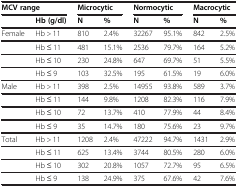
<table><thead><tr><td colspan="2"><b>MCV range</b></td><td colspan="2"><b>Microcytic</b></td><td colspan="2"><b>Normocytic</b></td><td colspan="2"><b>Macrocytic</b></td></tr><tr><td><b> </b></td><td><b>Hb (g/dl)</b></td><td><b>N</b></td><td><b>%</b></td><td><b>N</b></td><td><b>%</b></td><td><b>N</b></td><td><b>%</b></td></tr></thead><tbody><tr><td>Female</td><td>Hb &gt; 11</td><td>810</td><td>2.4%</td><td>32267</td><td>95.1%</td><td>842</td><td>2.5%</td></tr><tr><td> </td><td>Hb ≤ 11</td><td>481</td><td>15.1%</td><td>2536</td><td>79.7%</td><td>164</td><td>5.2%</td></tr><tr><td> </td><td>Hb ≤ 10</td><td>230</td><td>24.8%</td><td>647</td><td>69.7%</td><td>51</td><td>5.5%</td></tr><tr><td> </td><td>Hb ≤ 9</td><td>103</td><td>32.5%</td><td>195</td><td>61.5%</td><td>19</td><td>6.0%</td></tr><tr><td>Male</td><td>Hb &gt; 11</td><td>398</td><td>2.5%</td><td>14955</td><td>93.8%</td><td>589</td><td>3.7%</td></tr><tr><td> </td><td>Hb ≤ 11</td><td>144</td><td>9.8%</td><td>1208</td><td>82.3%</td><td>116</td><td>7.9%</td></tr><tr><td> </td><td>Hb ≤ 10</td><td>72</td><td>13.7%</td><td>410</td><td>77.9%</td><td>44</td><td>8.4%</td></tr><tr><td> </td><td>Hb ≤ 9</td><td>35</td><td>14.7%</td><td>180</td><td>75.6%</td><td>23</td><td>9.7%</td></tr><tr><td>Total</td><td>Hb &gt; 11</td><td>1208</td><td>2.4%</td><td>47222</td><td>94.7%</td><td>1431</td><td>2.9%</td></tr><tr><td> </td><td>Hb ≤ 11</td><td>625</td><td>13.4%</td><td>3744</td><td>80.5%</td><td>280</td><td>6.0%</td></tr><tr><td> </td><td>Hb ≤ 10</td><td>302</td><td>20.8%</td><td>1057</td><td>72.7%</td><td>95</td><td>6.5%</td></tr><tr><td> </td><td>Hb ≤ 9</td><td>138</td><td>24.9%</td><td>375</td><td>67.6%</td><td>42</td><td>7.6%</td></tr></tbody></table>